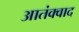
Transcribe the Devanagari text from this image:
आतंक्वाद